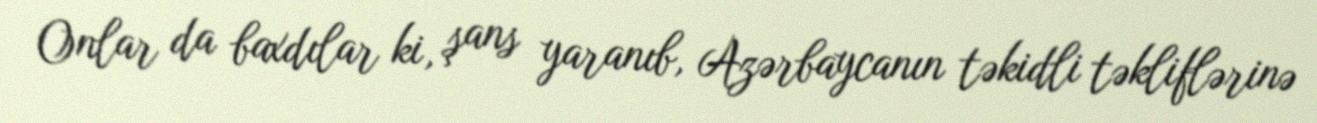
Onlar da baxdılar ki, şans yaranıb, Azərbaycanın təkidli təkliflərinə